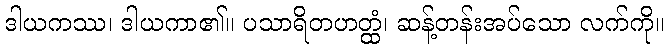
ဒါယကဿ၊ ဒါယကာ၏။ ပသာရိတဟတ္ထံ၊ ဆန့်တန်းအပ်သော လက်ကို။